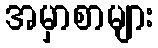
အမှာစာများ